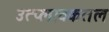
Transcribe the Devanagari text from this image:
उत्प्लावकतल